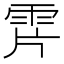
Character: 𩂌